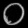
Digit: ၀